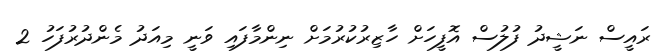
ރައީސް ނަޝީދު ފުލުސް އޮފީހަށް ހާޒިރުކުރުމަށް ނިންމާފައި ވަނީ މިއަދު މެންދުރުފަހު 2